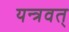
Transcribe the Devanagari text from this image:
यन्त्रवत्